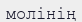
молінің